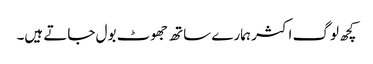
کچھ لوگ اکثر ہمارے ساتھ جھوٹ بول جاتے ہیں۔